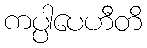
ကပ္ပါပေဟီတိ